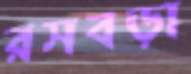
রসবড়া